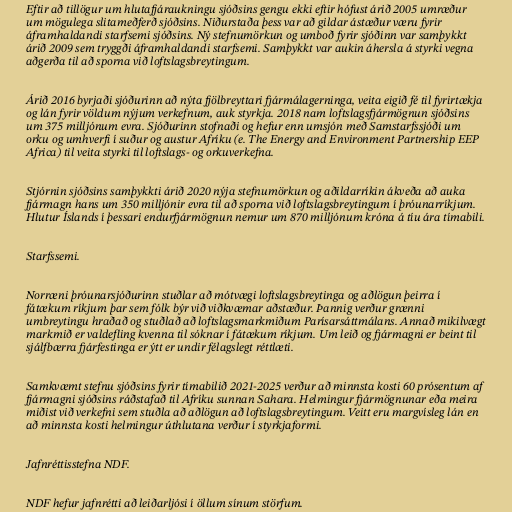
Eftir að tillögur um hlutafjáraukningu sjóðsins gengu ekki eftir hófust árið 2005 umræður
um mögulega slitameðferð sjóðsins. Niðurstaða þess var að gildar ástæður væru fyrir
áframhaldandi starfsemi sjóðsins. Ný stefnumörkun og umboð fyrir sjóðinn var samþykkt
árið 2009 sem tryggði áframhaldandi starfsemi. Samþykkt var aukin áhersla á styrki vegna
aðgerða til að sporna við loftslagsbreytingum.

Árið 2016 byrjaði sjóðurinn að nýta fjölbreyttari fjármálagerninga, veita eigið fé til fyrirtækja
og lán fyrir völdum nýjum verkefnum, auk styrkja. 2018 nam loftslagsfjármögnun sjóðsins
um 375 milljónum evra. Sjóðurinn stofnaði og hefur enn umsjón með Samstarfssjóði um
orku og umhverfi í suður og austur Afríku (e. The Energy and Environment Partnership EEP
Africa) til veita styrki til loftslags- og orkuverkefna.

Stjórnin sjóðsins samþykkti árið 2020 nýja stefnumörkun og aðildarríkin ákveða að auka
fjármagn hans um 350 milljónir evra til að sporna við loftslagsbreytingum í þróunarríkjum.
Hlutur Íslands í þessari endurfjármögnun nemur um 870 milljónum króna á tíu ára tímabili.

Starfssemi.

Norræni þróunarsjóðurinn stuðlar að mótvægi loftslagsbreytinga og aðlögun þeirra í
fátækum ríkjum þar sem fólk býr við viðkvæmar aðstæður. Þannig verður grænni
umbreytingu hraðað og stuðlað að loftslagsmarkmiðum Parísarsáttmálans. Annað mikilvægt
markmið er valdefling kvenna til sóknar í fátækum ríkjum. Um leið og fjármagni er beint til
sjálfbærra fjárfestinga er ýtt er undir félagslegt réttlæti.

Samkvæmt stefnu sjóðsins fyrir tímabilið 2021-2025 verður að minnsta kosti 60 prósentum af
fjármagni sjóðsins ráðstafað til Afríku sunnan Sahara. Helmingur fjármögnunar eða meira
miðist við verkefni sem stuðla að aðlögun að loftslagsbreytingum. Veitt eru margvísleg lán en
að minnsta kosti helmingur úthlutana verður í styrkjaformi.

Jafnréttisstefna NDF.

NDF hefur jafnrétti að leiðarljósi í öllum sínum störfum.